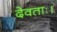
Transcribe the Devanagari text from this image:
देवताः।